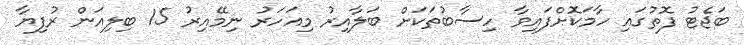
ބަޖެޓު ފޮތުގައި ހާމަކޮށްފައިވާ ހިސާބުތަކަށް ބަލާއިރު މިއަހަރު ނިމޭއިރު 15 ބިލިއަން ރުފިޔާ